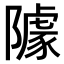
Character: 𨼫